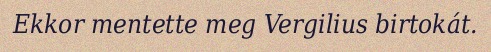
Ekkor mentette meg Vergilius birtokát.